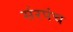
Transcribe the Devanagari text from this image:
संरपंच